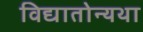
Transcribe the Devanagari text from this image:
विद्यातोन्यथा